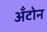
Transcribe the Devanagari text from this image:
अँटोन